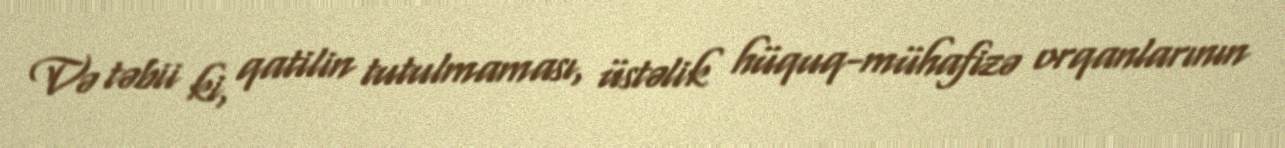
Və təbii ki, qatilin tutulmaması, üstəlik hüquq-mühafizə orqanlarının